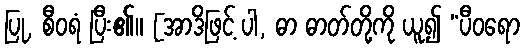
ပြု, စီဝရံ ပြီး၏။ [အာဒိဖြင့် ပါ, ဓာ ဓာတ်တို့ကို ယူ၍ “ပီဝရော